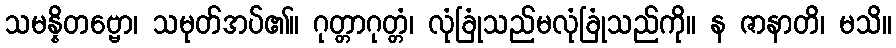
သမန္နိတဗ္ဗော၊ သမုတ်အပ်၏။ ဂုတ္တာဂုတ္တံ၊ လုံခြုံသည်မလုံခြုံသည်ကို။ န ဇာနာတိ၊ မသိ။